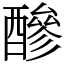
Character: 醦